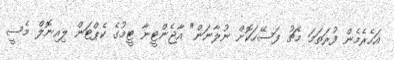
އަހެރެމެން ފުރަތަމަ މެޗު ފަސޭހަކޮށް ނުލާނަން" އާޖެންޓީނާ ޓީމުގެ ކެޕްޓަން ލިއިނޮލް މެސީ